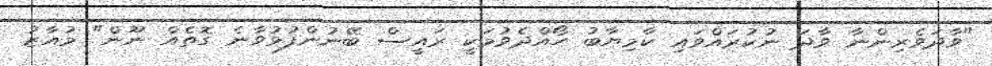
"ވާދަވެރިންނާ ވާދަ ނުކުރައްވައި ކާމިޔާބު ހޯއްދެވުމަކީ ރައީސް ބޭނުންފުޅުވާނެ ގޮތެއް ނޫން" މުއާޒު